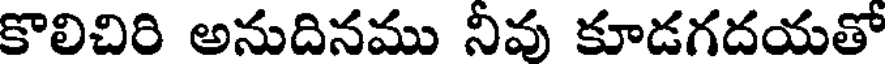
కొలిచిరి అనుదినము నీవు కూడగదయతో